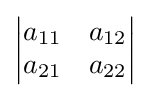
{\begin{vmatrix}a_{11}&a_{12}\\a_{21}&a_{22}\end{vmatrix}}